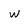
Character: w